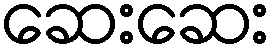
ဆေးဆေး